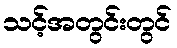
သင့်အတွင်းတွင်